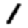
Digit: 1